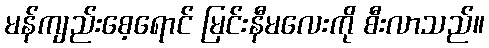
မန်ကျည်းစေ့ရောင် မြင်းနီမလေးကို စီးလာသည်။